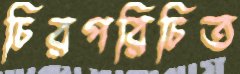
চিরপরিচিত